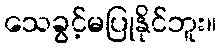
သေခွင့်မပြုနိုင်ဘူး။